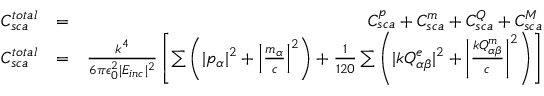
\begin{array} { r l r } { C _ { s c a } ^ { t o t a l } } & { = } & { C _ { s c a } ^ { p } + C _ { s c a } ^ { m } + C _ { s c a } ^ { Q } + C _ { s c a } ^ { M } } \\ { C _ { s c a } ^ { t o t a l } } & { = } & { \frac { k ^ { 4 } } { 6 \pi \epsilon _ { 0 } ^ { 2 } | E _ { i n c } | ^ { 2 } } \left[ \sum \left( | p _ { \alpha } | ^ { 2 } + \left| \frac { m _ { \alpha } } { c } \right| ^ { 2 } \right) + \frac { 1 } { 1 2 0 } \sum \left( | k Q _ { \alpha \beta } ^ { e } | ^ { 2 } + \left| \frac { k Q _ { \alpha \beta } ^ { m } } { c } \right| ^ { 2 } \right) \right] } \end{array}